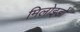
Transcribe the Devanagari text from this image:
मिलोइडो